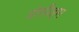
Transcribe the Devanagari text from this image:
प्रोसीड्स